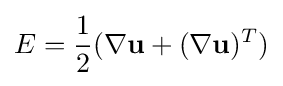
E={\frac {1}{2}}(\nabla \mathbf {u} +(\nabla \mathbf {u} )^{T})